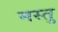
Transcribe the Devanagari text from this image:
मस्तु